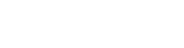
အရိယကထာ ၁၀-ပါး